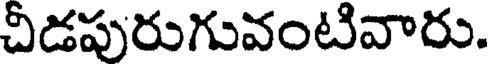
చీడపురుగువంటివారు.